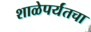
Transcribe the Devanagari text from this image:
शाळेपर्यंतचा